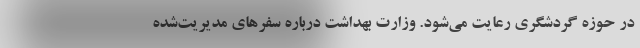
در حوزه گردشگری رعایت می‌شود. وزارت بهداشت درباره سفرهای مدیریت‌شده